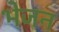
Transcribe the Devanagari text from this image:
भेजन